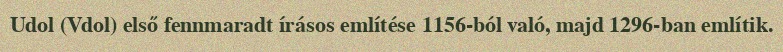
Udol (Vdol) első fennmaradt írásos említése 1156-ból való, majd 1296-ban említik.